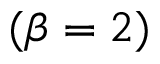
( \beta = 2 )